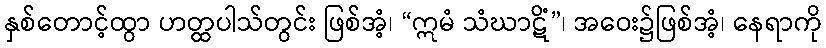
နှစ်တောင့်ထွာ ဟတ္ထပါသ်တွင်း ဖြစ်အံ့၊ “ဣမံ သံဃာဋိံ”၊ အဝေး၌ဖြစ်အံ့၊ နေရာကို